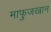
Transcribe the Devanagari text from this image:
माफुजखान